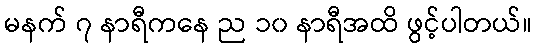
မနက် ၇ နာရီကနေ ည ၁၀ နာရီအထိ ဖွင့်ပါတယ်။